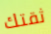
ثقتك